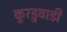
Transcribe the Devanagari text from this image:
कुरडुवाडी